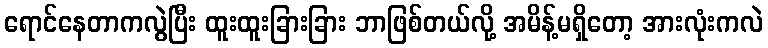
ရောင်နေတာကလွဲပြီး ထူးထူးခြားခြား ဘာဖြစ်တယ်လို့ အမိန့်မရှိတော့ အားလုံးကလဲ